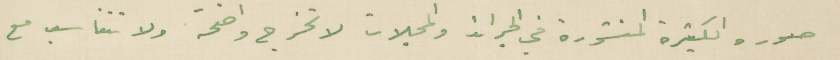
صوره الكثيرة المنشورة في الجرائد والمجلات لا تخرج واضحة ولا تتناسب مع